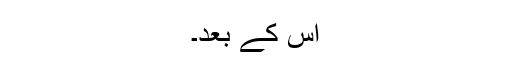
اس کے بعد۔